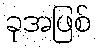
ခုအဖြစ်